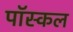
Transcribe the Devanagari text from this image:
पॉस्कल